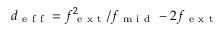
d _ { \mathrm { ~ e ~ f ~ f ~ } } = { f _ { \mathrm { ~ e ~ x ~ t ~ } } ^ { 2 } } / { f _ { \mathrm { ~ m ~ i ~ d ~ } } } - 2 f _ { \mathrm { ~ e ~ x ~ t ~ } }